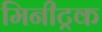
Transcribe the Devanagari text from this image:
मिनीट्रक